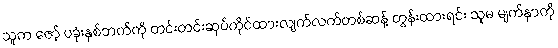
သူက ဇော့် ပခုံးနှစ်ဘက်ကို တင်းတင်းဆုပ်ကိုင်ထားလျက်လက်တစ်ဆန့် တွန်းထားရင်း သူမ မျက်နှာကို